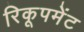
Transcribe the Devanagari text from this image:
रिकूपमेंट